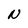
Character: N